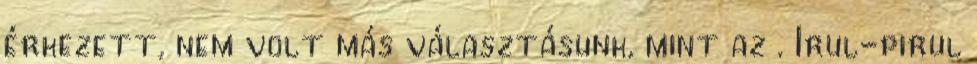
érkezett, nem volt más választásunk, mint az . Irul-pirul